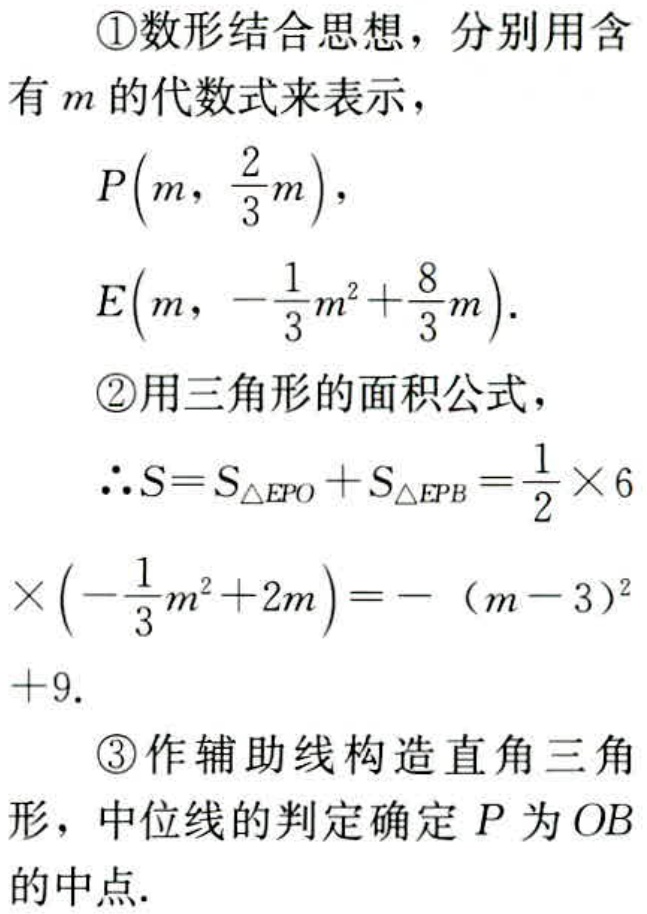
\textcircled{1}数形结合思想，分别用含
有\(m\)的代数式来表示，
\(P\left(m,\ \frac{2}{3}m\right),\)
\(E\left(m,\ -\frac{1}{3}m^{2}+\frac{8}{3}m\right).\)
\textcircled{2}用三角形的面积公式，
\(\therefore S = S_{\triangle EPO}+S_{\triangle EPB}=\frac{1}{2}\times6\)
\(\times\left(-\frac{1}{3}m^{2}+2m\right)=-(m - 3)^{2}\)
\(+9.\)
\textcircled{3}作辅助线构造直角三角
形，中位线的判定确定\(P\)为\(OB\)
的中点.